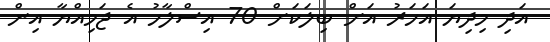
އަދި މިދިޔަ އަހަރު އަށް ބިލަކަށް 70 އިސްލާހު އެ ޖަމިއްޔާ އިން